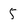
Character: 5